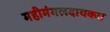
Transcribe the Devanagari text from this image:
महीमंगलदायकः।